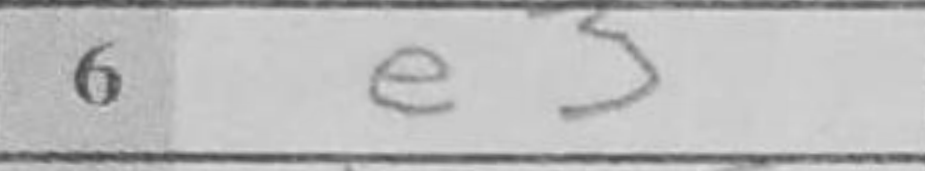
Transcription: e3